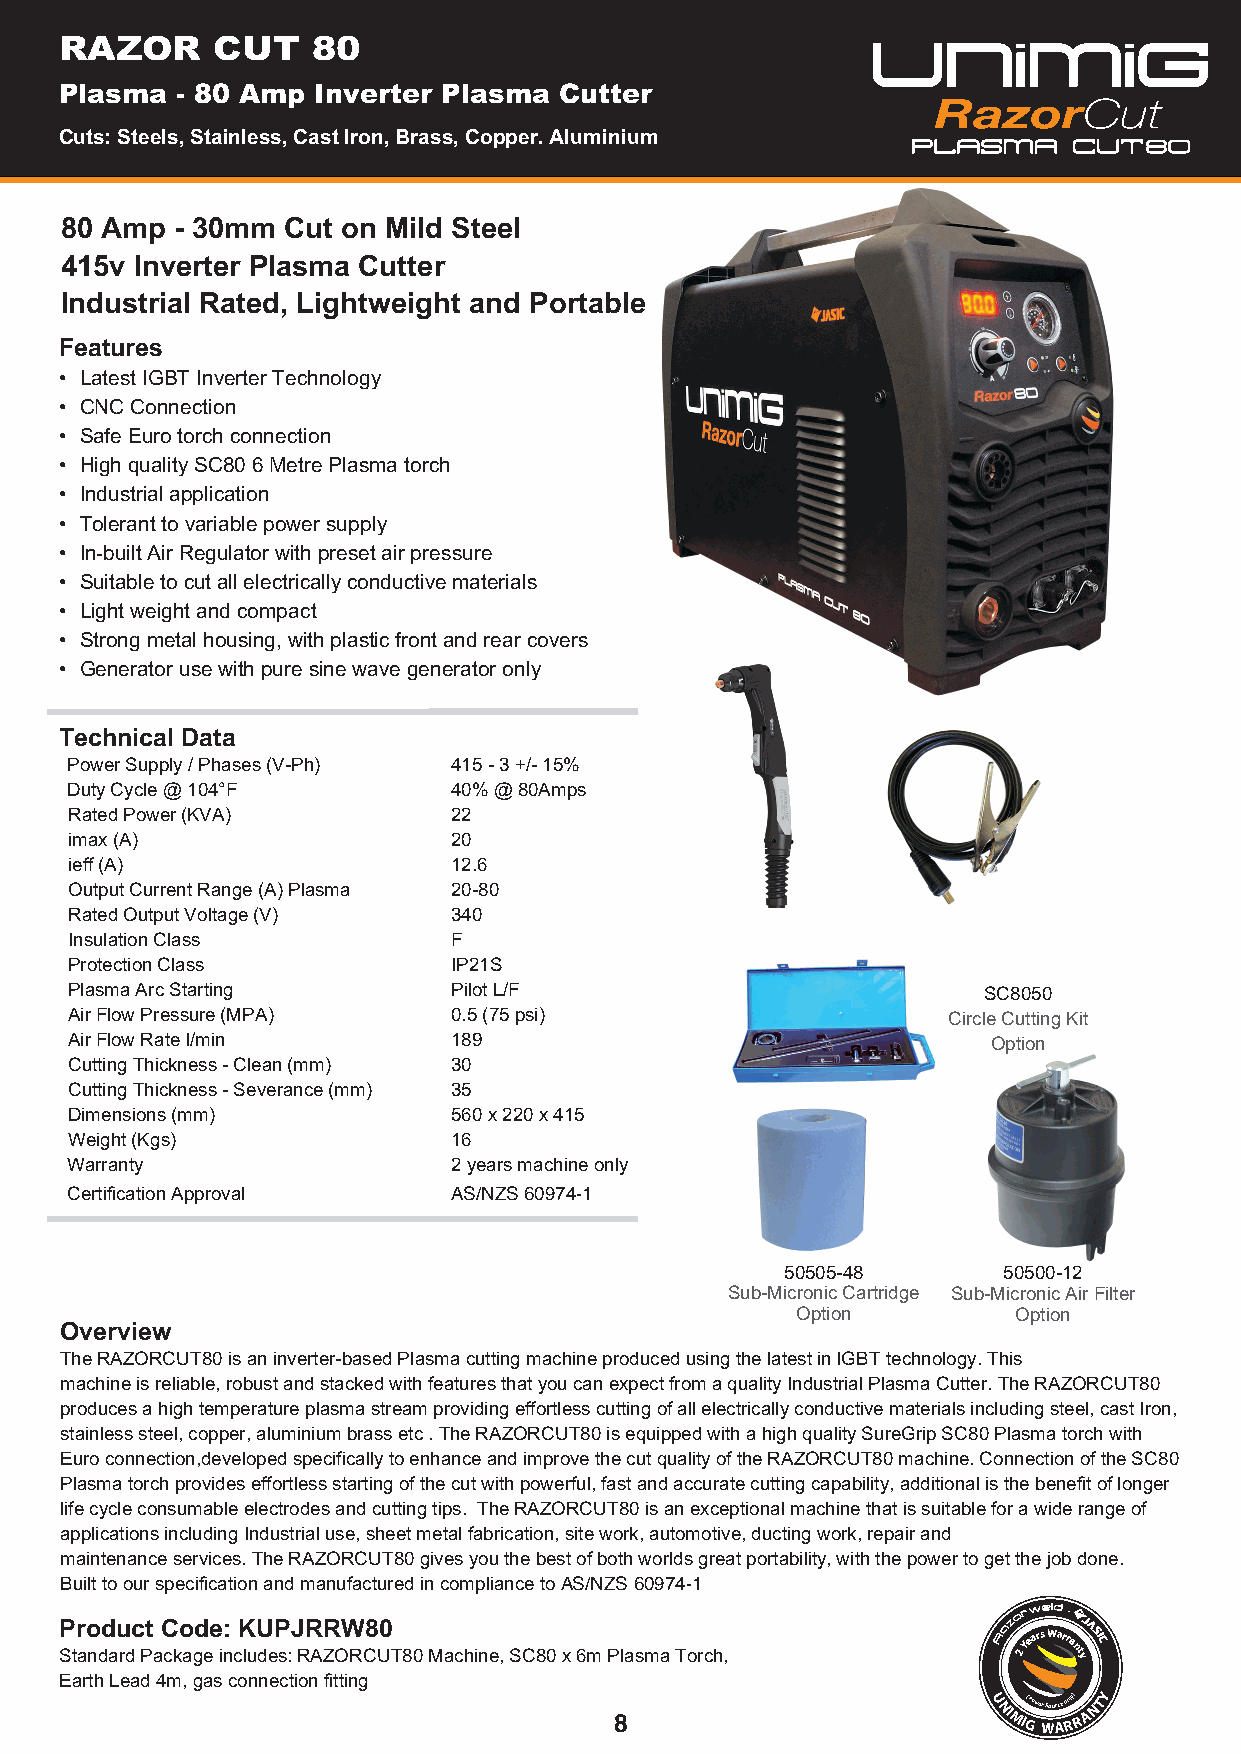
RAZOR     CUT    80
 Plasma  - 80 Amp Inverter Plasma Cutter
 Cuts: Steels, Stainless, Cast Iron, Brass, Copper. Aluminium
 80 Amp  - 30mm Cut on Mild Steel
 415v Inverter Plasma Cutter
 Industrial Rated, Lightweight and Portable
 Features
 • Latest IGBT Inverter Technology
 • CNC Connection
 • Safe Euro torch connection
 • High quality SC80 6 Metre Plasma torch
 • Industrial application
 • Tolerant to variable power supply
 • In-built Air Regulator with preset air pressure
 • Suitable to cut all electrically conductive materials
 • Light weight and compact
 • Strong metal housing, with plastic front and rear covers
 • Generator use with pure sine wave generator only
 Technical Data
 Power Supply / Phases (V-Ph) 415 - 3 +/- 15%
 Duty Cycle @ 104°F        40% @ 80Amps
 Rated Power (KVA)         22
 imax (A)                  20
 ieff (A)                  12.6
 Output Current Range (A) Plasma 20-80
 Rated Output Voltage (V)  340
 Insulation Class          F
 Protection Class          IP21S
 Plasma Arc Starting       Pilot L/F                          SC8050
 Air Flow Pressure (MPA)   0.5 (75 psi)                     Circle Cutting Kit
 Air Flow Rate l/min       189                                 Option
 Cutting Thickness - Clean (mm) 30
 Cutting Thickness - Severance (mm) 35
 Dimensions (mm)           560 x 220 x 415
 Weight (Kgs)              16
 Warranty                  2 years machine only
 Certification Approval    AS/NZS 60974-1
 50505-48      50500-12
 Sub-Micronic Cartridge Sub-Micronic Air Filter
 Option        Option
 Overview
 The RAZORCUT80 is an inverter-based Plasma cutting machine produced using the latest in IGBT technology. This
 machine is reliable, robust and stacked with features that you can expect from a quality Industrial Plasma Cutter. The RAZORCUT80
 produces a high temperature plasma stream providing effortless cutting of all electrically conductive materials including steel, cast Iron,
 stainless steel, copper, aluminium brass etc . The RAZORCUT80 is equipped with a high quality SureGrip SC80 Plasma torch with
 Euro connection,developed specifically to enhance and improve the cut quality of the RAZORCUT80 machine. Connection of the SC80
 Plasma torch provides effortless starting of the cut with powerful, fast and accurate cutting capability, additional is the benefit of longer
 life cycle consumable electrodes and cutting tips. The RAZORCUT80 is an exceptional machine that is suitable for a wide range of
 applications including Industrial use, sheet metal fabrication, site work, automotive, ducting work, repair and
 maintenance services. The RAZORCUT80 gives you the best of both worlds great portability, with the power to get the job done.
 Built to our specification and manufactured in compliance to AS/NZS 60974-1
 Product Code: KUPJRRW80
 azo rweld •
 Standard Package includes: RAZORCUT80 Machine, SC80 x 6m Plasma Torch,
 R
 2
 Years Warranty
 Earth Lead 4m, gas connection fitting
 8                       U NI MI G (Pow er W Sou Arce o Rnly) R A NTY